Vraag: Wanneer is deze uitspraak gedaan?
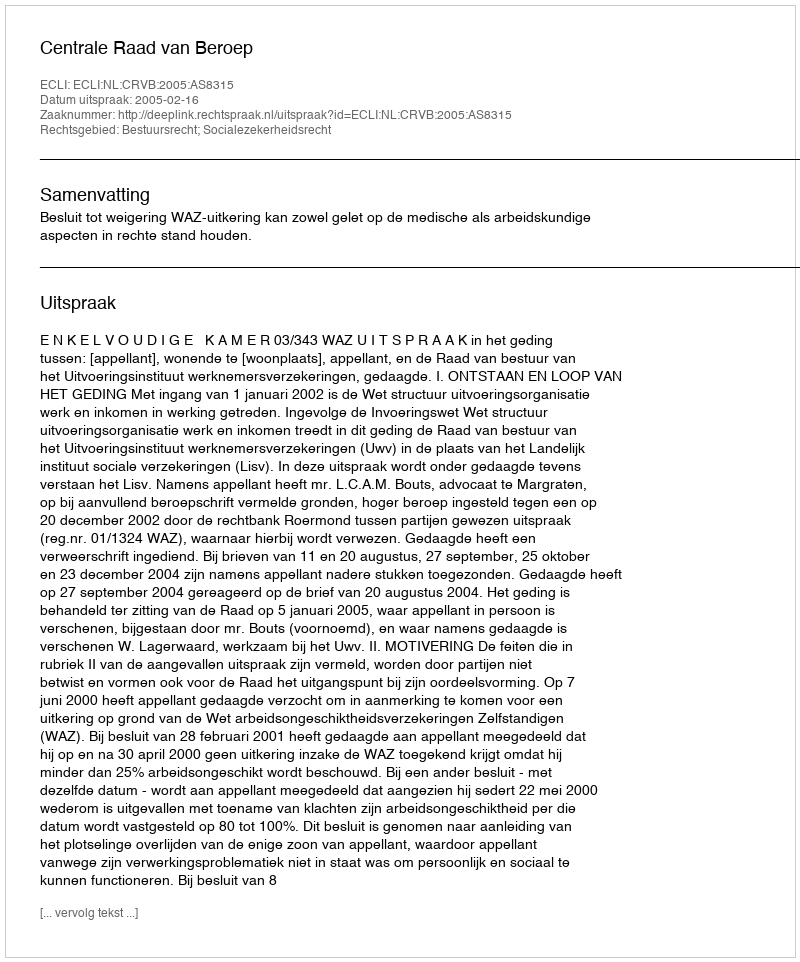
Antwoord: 2005-02-16